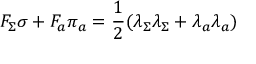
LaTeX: F _ { \Sigma } \sigma + F _ { a } \pi _ { a } = \frac { 1 } { 2 } ( \lambda _ { \Sigma } \lambda _ { \Sigma } + \lambda _ { a } \lambda _ { a } )